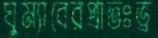
ঘুম্যাবেরপ্রাতঃভ্র